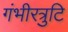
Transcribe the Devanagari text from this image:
गंभीरत्रुटि